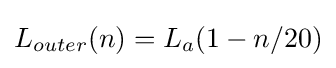
L_{outer}(n)=L_{a}(1-n/20)